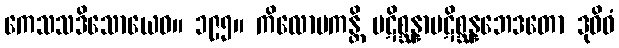
ကေသသဒိသောယေဝ။ ၁၉၅။ ကိလောမကန္တိ ပဋိစ္ဆန္နာပဋိစ္ဆန္နဘေဒတော ဒုဝိဓံ